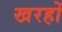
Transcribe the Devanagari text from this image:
खरहों